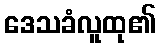
ဒေသခံလူထု၏